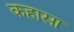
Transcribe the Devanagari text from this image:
कहासा